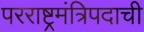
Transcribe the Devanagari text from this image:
परराष्ट्रमंत्रिपदाची